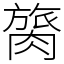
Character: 膐